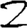
Digit: 2